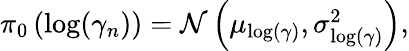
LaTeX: \begin{array}{r}{\pi_{0}\left(\log(\gamma_{n})\right)=\mathcal{N}\left(\mu_{\log(\gamma)},\sigma_{\log(\gamma)}^{2}\right),}\end{array}